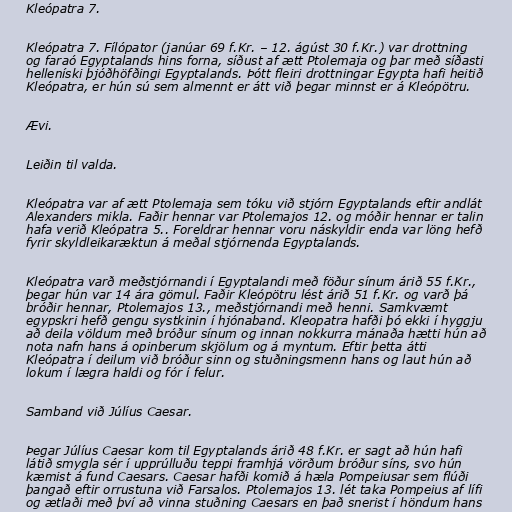
Kleópatra 7.

Kleópatra 7. Fílópator (janúar 69 f.Kr. – 12. ágúst 30 f.Kr.) var drottning
og faraó Egyptalands hins forna, síðust af ætt Ptolemaja og þar með síðasti
helleníski þjóðhöfðingi Egyptalands. Þótt fleiri drottningar Egypta hafi heitið
Kleópatra, er hún sú sem almennt er átt við þegar minnst er á Kleópötru.

Ævi.

Leiðin til valda.

Kleópatra var af ætt Ptolemaja sem tóku við stjórn Egyptalands eftir andlát
Alexanders mikla. Faðir hennar var Ptolemajos 12. og móðir hennar er talin
hafa verið Kleópatra 5.. Foreldrar hennar voru náskyldir enda var löng hefð
fyrir skyldleikaræktun á meðal stjórnenda Egyptalands.

Kleópatra varð meðstjórnandi í Egyptalandi með föður sínum árið 55 f.Kr.,
þegar hún var 14 ára gömul. Faðir Kleópötru lést árið 51 f.Kr. og varð þá
bróðir hennar, Ptolemajos 13., meðstjórnandi með henni. Samkvæmt
egypskri hefð gengu systkinin í hjónaband. Kleopatra hafði þó ekki í hyggju
að deila völdum með bróður sínum og innan nokkurra mánaða hætti hún að
nota nafn hans á opinberum skjölum og á myntum. Eftir þetta átti
Kleópatra í deilum við bróður sinn og stuðningsmenn hans og laut hún að
lokum í lægra haldi og fór í felur.

Samband við Júlíus Caesar.

Þegar Júlíus Caesar kom til Egyptalands árið 48 f.Kr. er sagt að hún hafi
látið smygla sér í upprúlluðu teppi framhjá vörðum bróður síns, svo hún
kæmist á fund Caesars. Caesar hafði komið á hæla Pompeiusar sem flúði
þangað eftir orrustuna við Farsalos. Ptolemajos 13. lét taka Pompeius af lífi
og ætlaði með því að vinna stuðning Caesars en það snerist í höndum hans